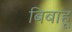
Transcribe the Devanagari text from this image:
बिबाहू